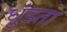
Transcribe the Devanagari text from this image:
धुंडता